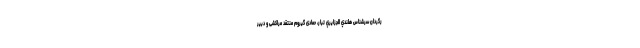
رگردان سرشناس هلندي الجزايري تبار، حمادى گيروم منتقد مراكشى و دبير